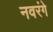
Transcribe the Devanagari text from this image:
नवरंगे